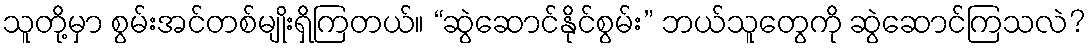
သူတို့မှာ စွမ်းအင်တစ်မျိုးရှိကြတယ်။ “ဆွဲဆောင်နိုင်စွမ်း” ဘယ်သူတွေကို ဆွဲဆောင်ကြသလဲ?